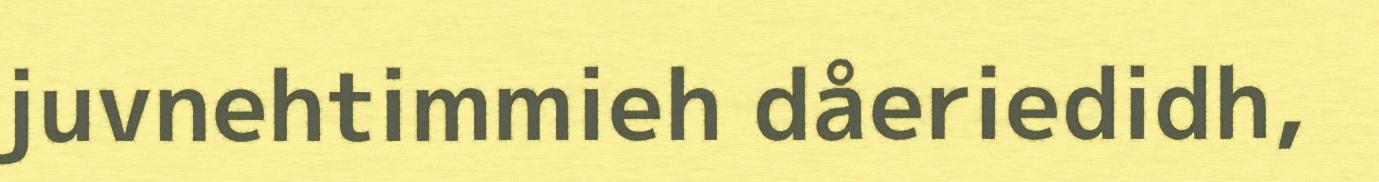
juvnehtimmieh dåeriedidh,